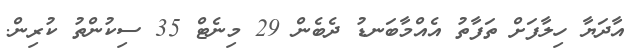
އާދަޔާ ހިލާފަށް ތަފާތު އެއްމާބަނޑު ދެބެން 29 މިނެޓް 35 ސިކުންތު ކުރިން.